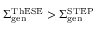
\Sigma _ { \mathrm { g e n } } ^ { \mathrm { T h E S E } } > \Sigma _ { \mathrm { g e n } } ^ { \mathrm { S T E P } }